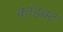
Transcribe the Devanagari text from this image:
कांडक्ट